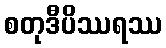
စတုဒီပိဿရဿ